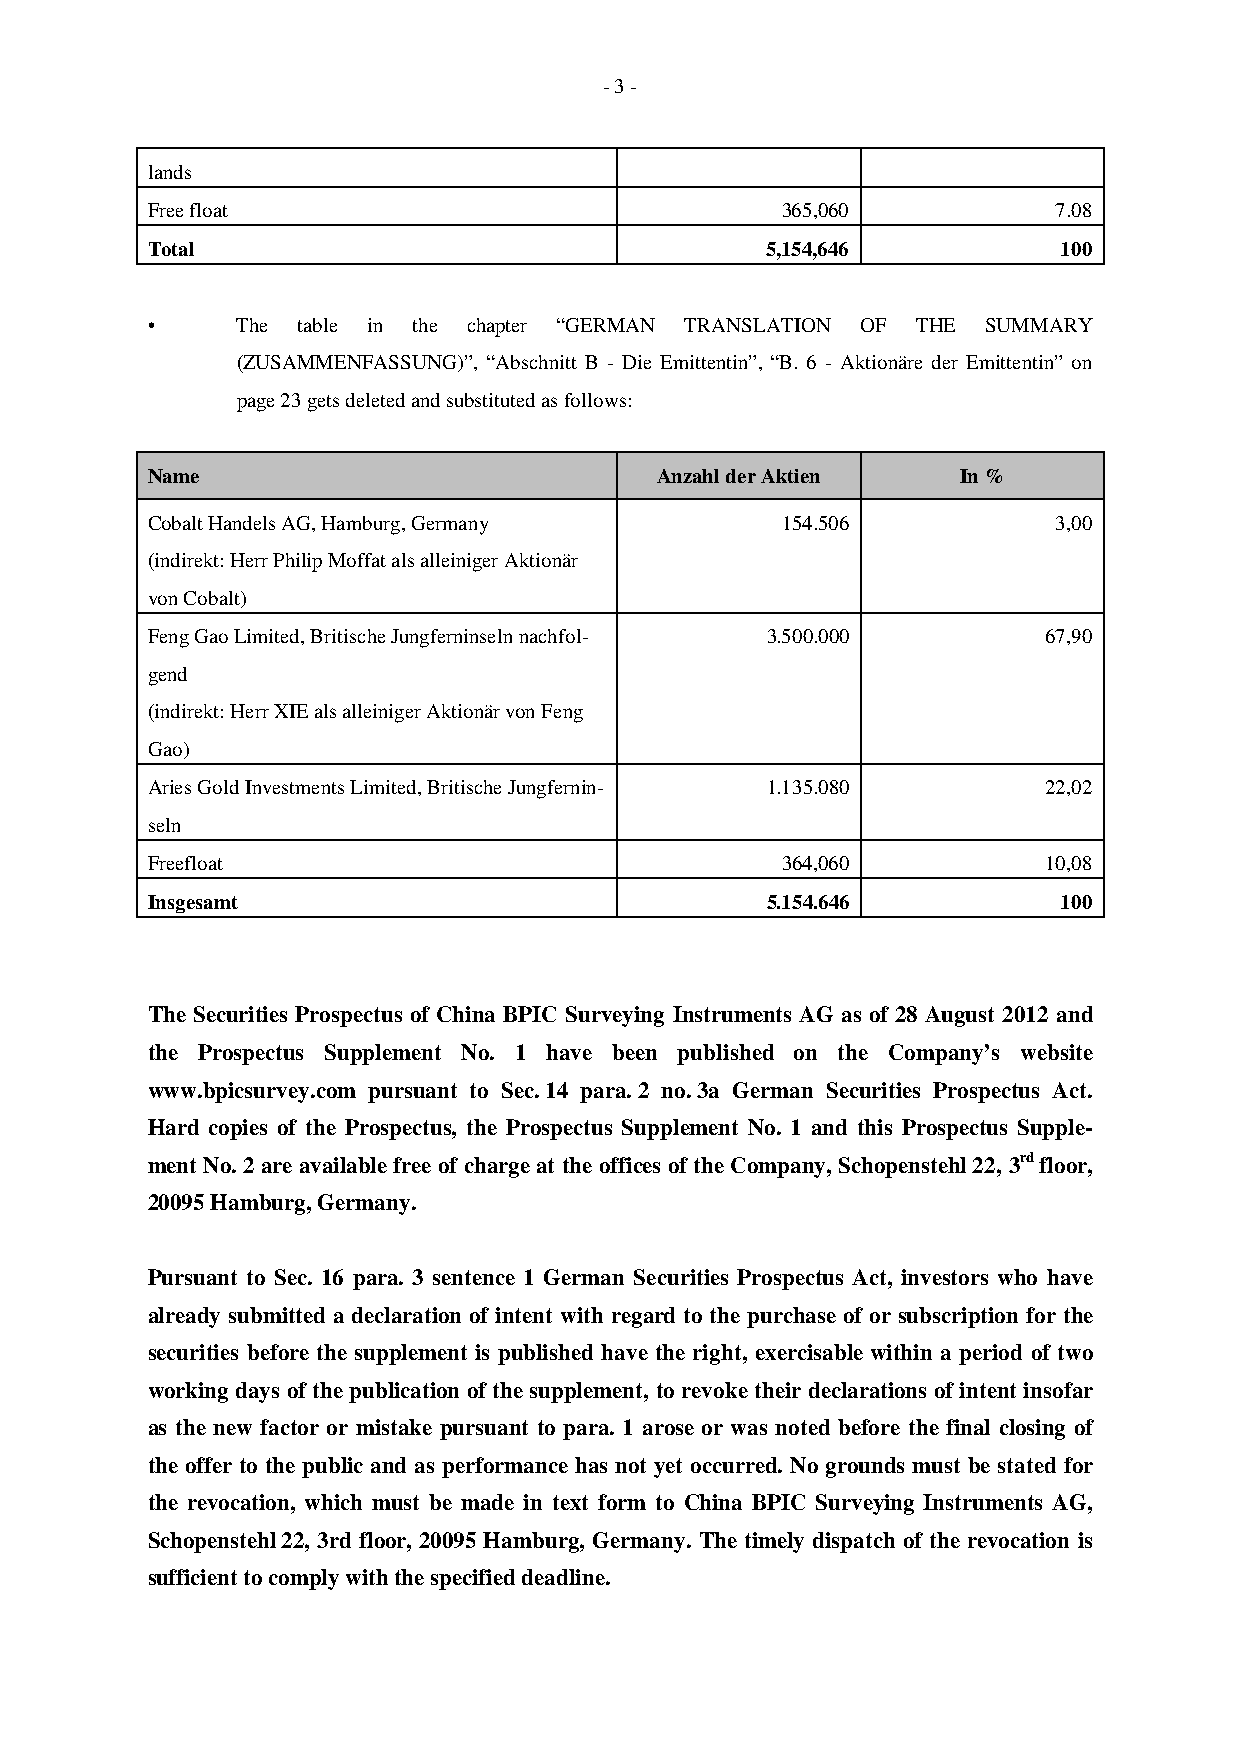
- 3 -
 lands
 Free float                                365,060           7.08
 Total                                    5,154,646          100
 •     The table in the chapter “GERMAN TRANSLATION OF THE SUMMARY
 (ZUSAMMENFASSUNG)”, “Abschnitt B - Die Emittentin”, “B. 6 - Aktionäre der Emittentin” on
 page 23 gets deleted and substituted as follows:
 Name                             Anzahl der Aktien    In %
 Cobalt Handels AG, Hamburg, Germany       154.506           3,00
 (indirekt: Herr Philip Moffat als alleiniger Aktionär
 von Cobalt)
 Feng Gao Limited, Britische Jungferninseln nachfol- 3.500.000 67,90
 gend
 (indirekt: Herr XIE als alleiniger Aktionär von Feng
 Gao)
 Aries Gold Investments Limited, Britische Jungfernin- 1.135.080 22,02
 seln
 Freefloat                                 364,060          10,08
 Insgesamt                                5.154.646          100
 The Securities Prospectus of China BPIC Surveying Instruments AG as of 28 August 2012 and
 the Prospectus Supplement No. 1 have been published on the Company’s website
 www.bpicsurvey.com pursuant to Sec. 14 para. 2 no. 3a German Securities Prospectus Act.
 Hard copies of the Prospectus, the Prospectus Supplement No. 1 and this Prospectus Supple-
 ment No. 2 are available free of charge at the offices of the Company, Schopenstehl 22, 3rd floor,
 20095 Hamburg, Germany.
 Pursuant to Sec. 16 para. 3 sentence 1 German Securities Prospectus Act, investors who have
 already submitted a declaration of intent with regard to the purchase of or subscription for the
 securities before the supplement is published have the right, exercisable within a period of two
 working days of the publication of the supplement, to revoke their declarations of intent insofar
 as the new factor or mistake pursuant to para. 1 arose or was noted before the final closing of
 the offer to the public and as performance has not yet occurred. No grounds must be stated for
 the revocation, which must be made in text form to China BPIC Surveying Instruments AG,
 Schopenstehl 22, 3rd floor, 20095 Hamburg, Germany. The timely dispatch of the revocation is
 sufficient to comply with the specified deadline.